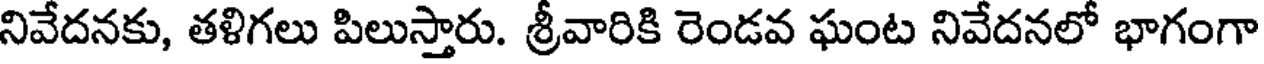
నివేదనకు, తళిగలు పిలుస్తారు. శ్రీవారికి రెండవ ఘంట నివేదనలో భాగంగా